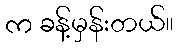
က ခန့်မှန်းတယ်။